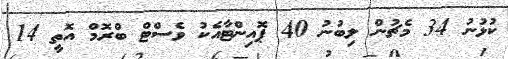
ކުޅުނު 34 މެޗުން ލިބުނު 40 ޕޮއިންޓާއެކު ވެސްޓް ބްރޮމް އޮތީ 14